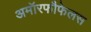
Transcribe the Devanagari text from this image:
अमॉरफौफेलस